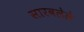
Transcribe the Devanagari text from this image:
सारवलेले